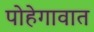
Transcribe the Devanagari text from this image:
पोहेगावात